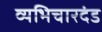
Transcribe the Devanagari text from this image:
व्यभिचारदंड